Vaccination in Bombay 1902-1912 - 1902-1912
Year: 1902
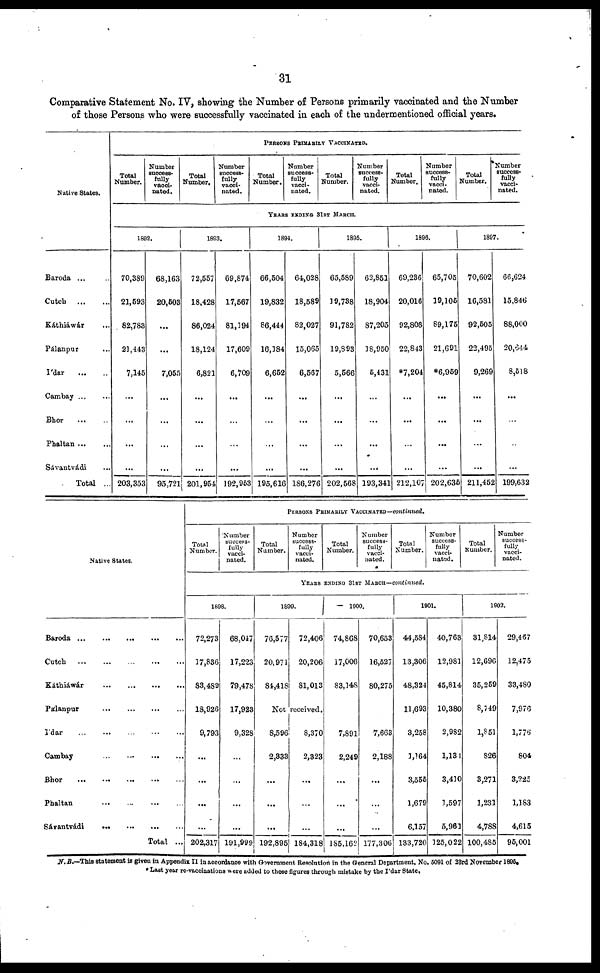
31
Comparative Statement No. IV, showing the Number of Persons primarily vaccinated and the Number
of those Persons who were successfully vaccinated in each of the undermentioned official years.
Native States.
Baroda ... ...
Cutch
...
...
Káthiawár ...
Pálanpur ...
I'dar ... ...
Cambay ... ...
Bhor
...
...
Phaltan
...
...
Sávantvádi ...
Total ...
PERSONS PRIMARILY VACCINATED.
Total
Number.
Number
success¬
fully
vacci¬
nated.
Total
Number.
Number
success-
fully
vacci-
nated.
Total
Number.
Number
success-
fully
vacci-
nated.
Total
Number.
Number
success-
fully
vacci-
nated.
Total
Number.
Number
success-
fully
vacci-
nated.
Total
Number.
Number
success-
fully
vacci-
nated.
YEARS ENDING 31ST MARCH.
1892.
70,389
21,593
82,783
21,443
7,145
...
...
...
...
203,353
68,163
20,503
...
...
7,055
...
...
...
...
95,721
1833.
72,557
18,428
86,024
18,124
6,821
...
...
...
...
201,954
69,874
17,567
81,194
17,609
6,709
...
...
...
...
192,953
1894.
66,504
19,832
86,444
16,184
6,652
...
...
...
...
195,616
64,028
18,589
82,027
15,065
6,567
...
...
...
...
186,276
1895.
65,589
19,788
91,782
19,893
5,566
...
...
...
...
202,568
62,851
18,904
87,205
18,950
5,431
...
...
...
...
193,341
1896.
69,236
20,016
92,808
22,843
*7,204
...
...
...
...
212,107
65,705
19,105
89,175
21,691
*6,959
...
...
...
...
202,635
1897.
70,602
16,581
92,505
22,495
9,269
...
...
...
...
211,452
66,624
15,846
88,000
20,644
8,518
...
...
...
...
199,632
Native States.
Baroda
...
...
...
...
...
Cutch
...
...
...
...
...
Káthiáwár
...
...
...
...
Pálanpur
...
...
...
...
I'dar
...
...
...
...
...
Cambay
...
...
...
...
Bhor
...
...
...
...
...
Phaltan
...
...
...
...
Sávantvádi
...
...
...
...
Total ...
PERSONS PRIMARILY VACCINATED—continued.
Total
Number.
Number
success¬
fully
vacci-
nated.
Total
Number.
Number
success-
fully
vacci-
nated.
Total
Number.
Number
success-
fully
vacci-
nated.
Total
Number.
Number
success-
fully
vacci-
nated.
Total
Number.
Number
success-
fully
vacci-
nated.
YEARS ENDING 31ST MARCH—continued.
1898.
72,273
17,836
83,489
18,926
9,793
...
...
...
...
202,317
68,047
17,223
79,478
17,923
9,328
...
...
...
...
191,999
1899.
76,577
20,971
84,418
72,406
20,206
81,013
Not received.
8,596
2,833
...
...
...
192,895
8,370
2,323
...
...
...
184,318
1900.
74,868
17,006
83,148
7,891
2,249
...
...
...
185,162
70,653
16,527
80,275
7,663
2,188
...
...
...
177,306
1901.
44,584
13,306
48,324
11,693
3,258
1,164
3,555
1,679
6,157
133,720
40,763
12,981
45,814
10,380
2,982
1,134
3,410
1,597
5,961
325,022
1902.
31,814
12,696
35,259
8,749
1,851
826
3,271
1,231
4,788
100,485
29,467
12,475
33,480
7,976
1,776
804
3,225
1,183
4,615
95,001
N.B.—This statement is given in Appendix II in accordance with Government Resolution in the General Department, No. 5091 of 23rd November 1895.
* Last year re-vaccinations were added to these figures through mistake by the I'dar State.